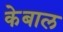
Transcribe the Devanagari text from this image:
केबाल